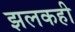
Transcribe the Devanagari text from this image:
झलकही